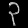
Digit: ၃